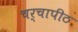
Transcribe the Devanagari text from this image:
चर्चापीठ